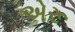
એરૂ